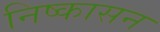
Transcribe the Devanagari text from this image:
निष्‍कासन